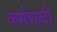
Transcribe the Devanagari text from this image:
कर्मरानी